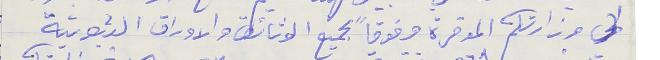
لي وزارتكم الموقرة مرفوقاً ىجميع الوثائق والاوراق الثبوتية